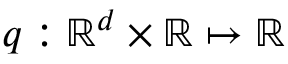
q : \mathbb { R } ^ { d } \times \mathbb { R } \mapsto \mathbb { R }